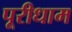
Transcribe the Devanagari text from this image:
पूरीधाम